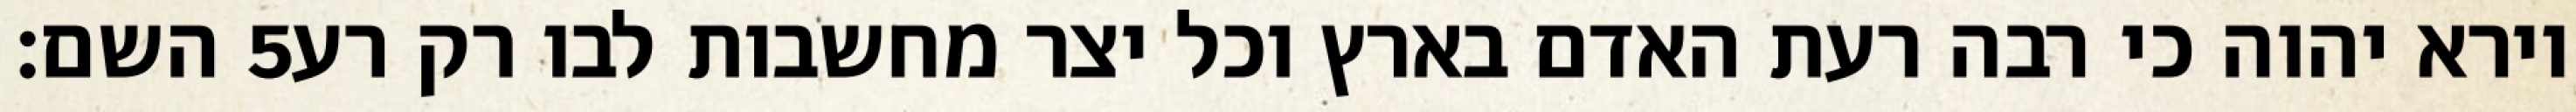
השם׃ ‎5‏ וירא יהוה כי רבה רעת האדם בארץ וכל יצר מחשבות לבו רק רע